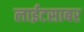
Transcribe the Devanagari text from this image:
लाईटसाबर